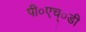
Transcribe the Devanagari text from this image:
पी०एच्०डी